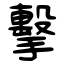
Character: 擊